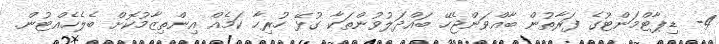
4- ޑިޕާޓްމަންޓުގެ ފަރާތުން ބާއްވަންޖެހޭ ބައްދަލުވުންތަކާ ގުޅޭ ހުރިހާ ކަމެއް އިންތިޒާމުކޮށް ބެލެހެއްޓުން.